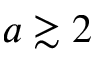
a \gtrsim 2